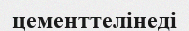
цементтелінеді